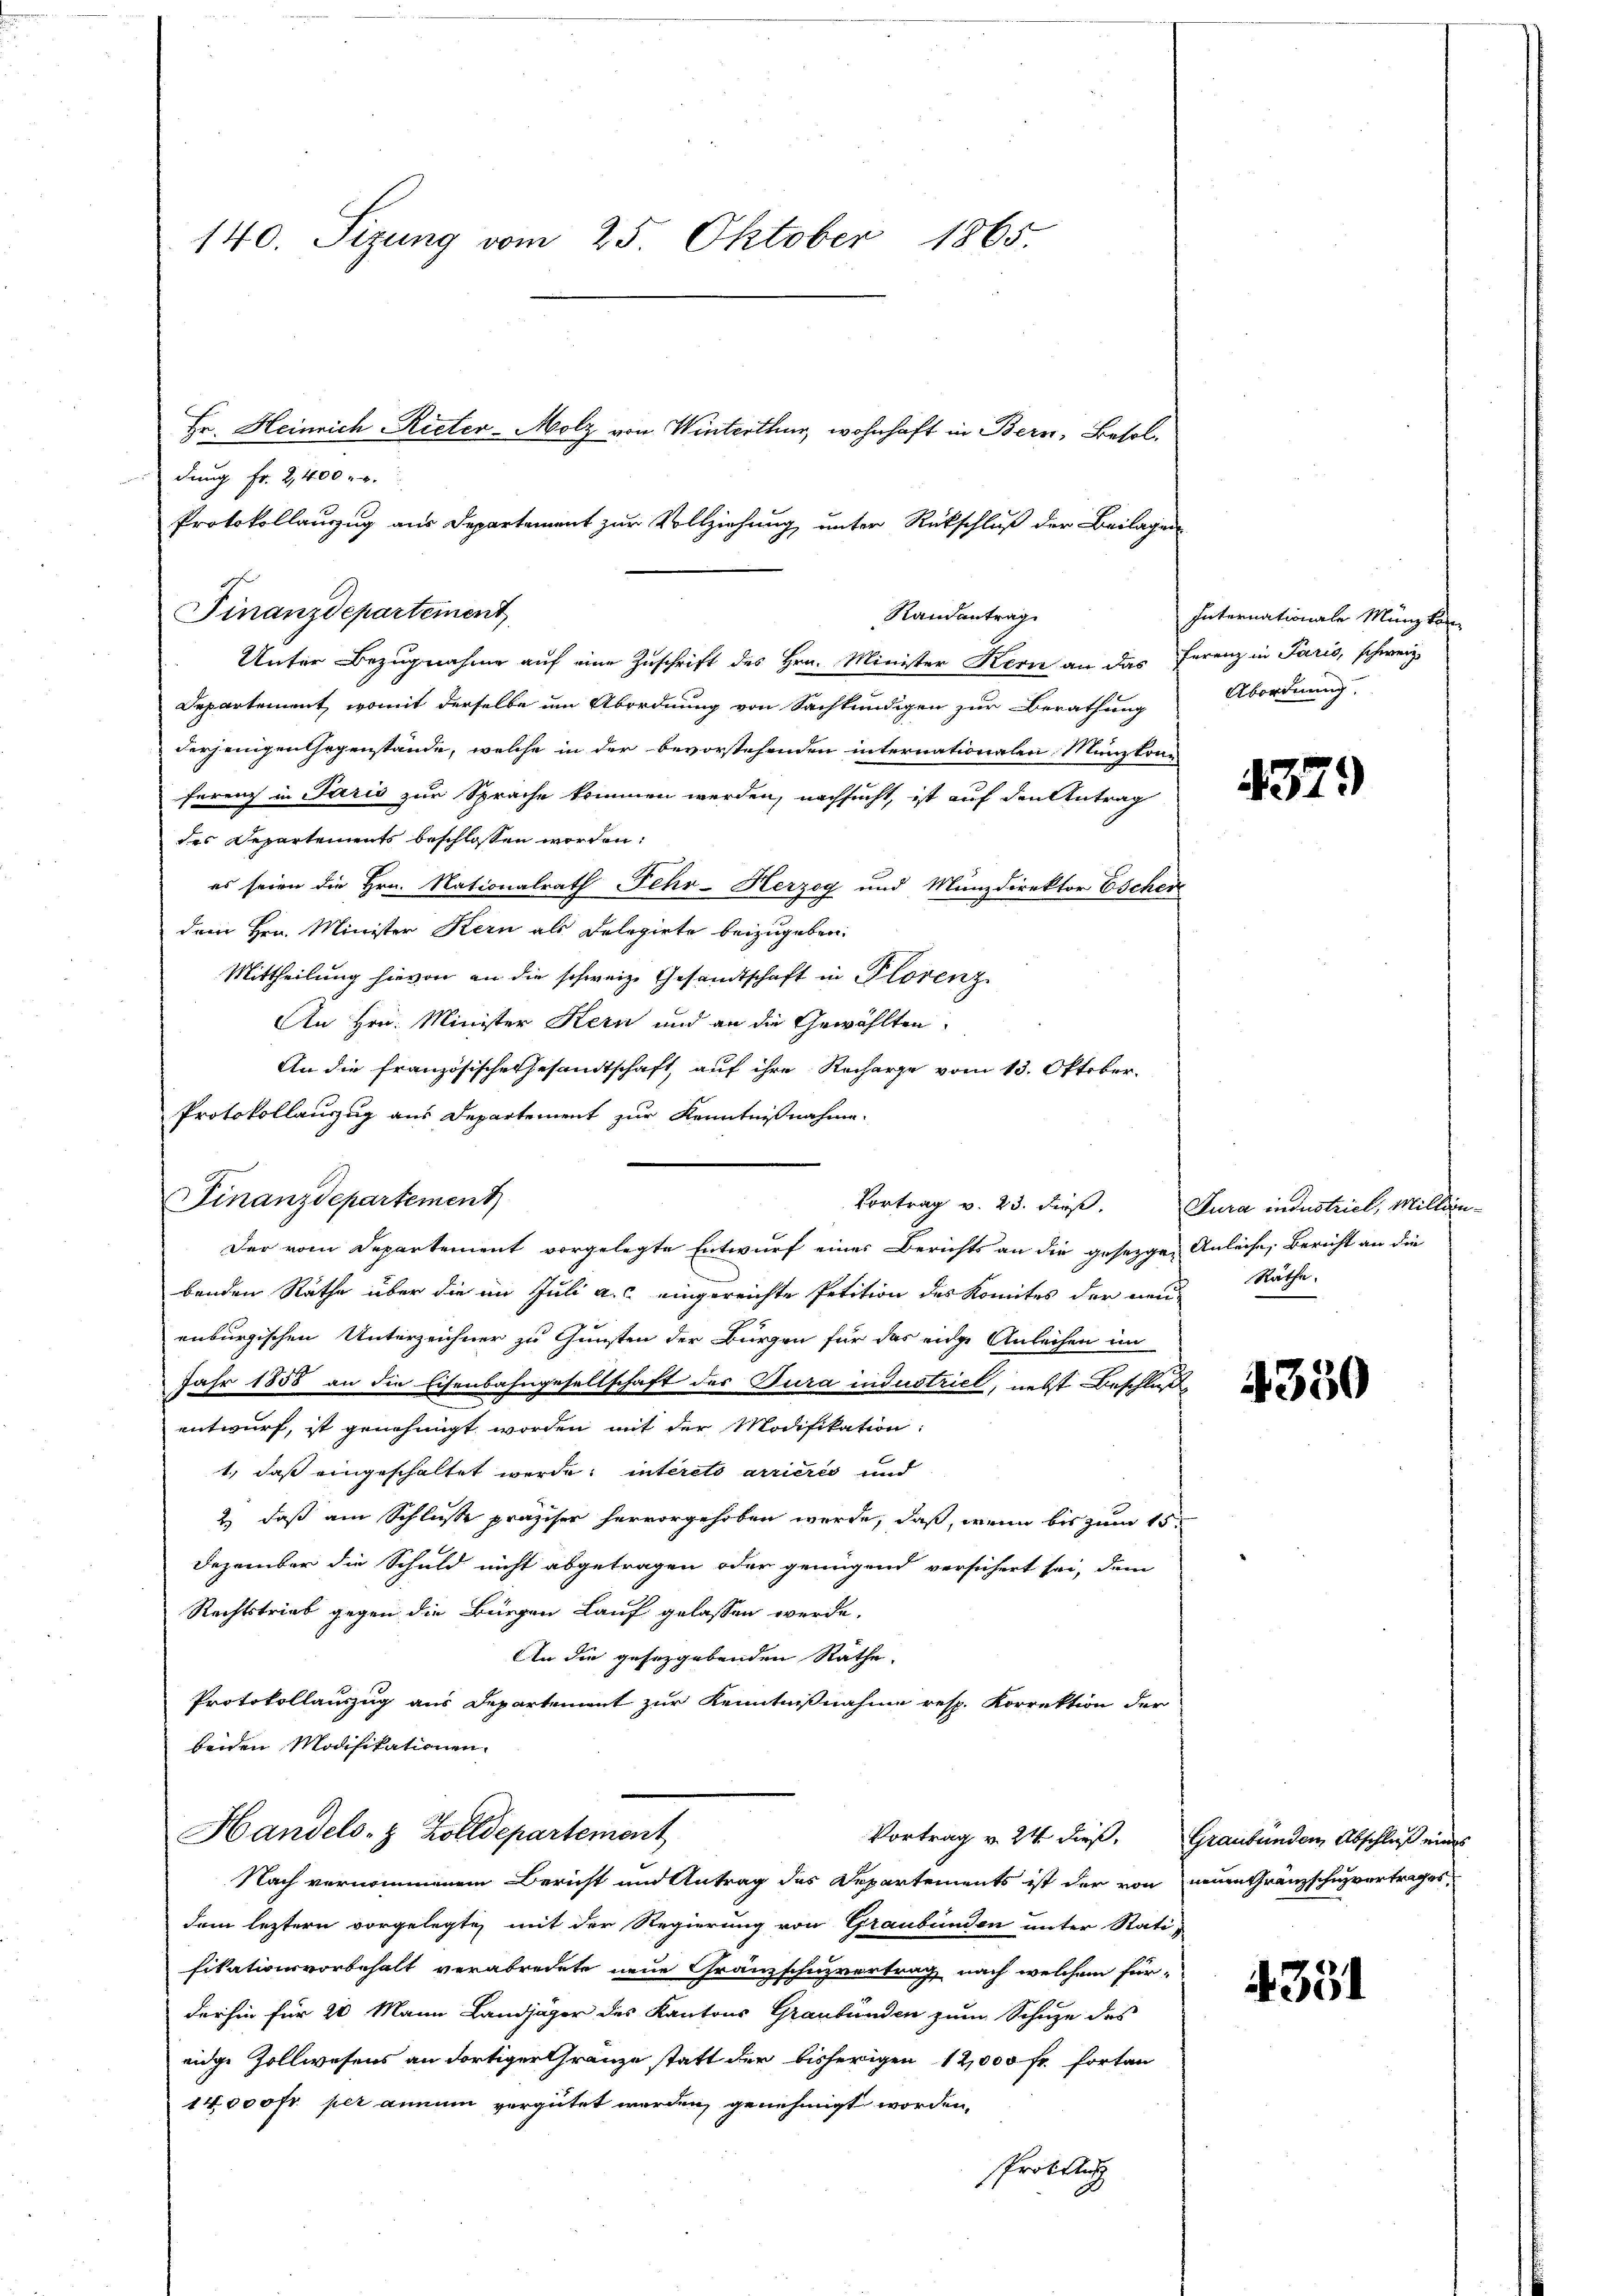
140. Sizung vom 25. Oktober 1865.

dung Fr. 2400
Unter Bezugnahme auf eine Zuschrift des Hrn. Minister Kern an das Ferenz in Paris, schweiz.
Departement, womit derselbe um Abordnung von Sachkundigen zur Berathung
derjenigen Gegenstände, welche in der bevorstehenden internationalen Münzkone
ferenz in Paris zur Sprache kommen werden, nachsucht, ist auf den Antrag
des Departements beschlossen worden:
es seien die Hrn. Nationalrath Fehr-Herzog und Münzdirektor Escher
dem Hrn. Minister Kern als Delegirte beizugeben.
Mittheilung hievon an die schweiz. Gesandtschaft in Plorenz
An Hrn. Minister Kern und an die Gewählten.
Protokollauszug aus Departement zur Kenntnißnahme.
Der vom Departement vorgelegte Entwurf eines Berichts an die gesezgen Anleihe, Bericht an die
benden Räthe über die im Juli a.c. eingereichte Petition des Komites der neue Räthe.
enburgischen Unterzeichner zu Gunsten der Bürgen für das eine Anleihen im
Jahr 1858 an die Eisenbahngesellschaft der Tura industriel, nebst Beschluß
entwurf, ist genehmigt worden mit der Modifikation:
1., daß eingeschaltet werde; interets arrieres und
2) daß am Schlusse präziser hervorgehoben werde, daß, wenn bis zum 15t
Dezember die Schuld nicht abgetragen oder genügend versichert sei, dem
Rechtstrieb gegen die Bürgen Lauf gelassen werde.
An die gesetzgebenden Räthe.
Protokollauszug aus Departement zur Kenntnißnahme resp. Korrektion der
beiden Modifikationen.
Handels- & Zolldepartement
Nach vernommenen Bericht und Antrag des Departements ist der von neuen Granzschuzvertrages,
dem leztern vorgelegte mit der Regierung von Graubünden unter Rati-
fikativervorbehalt verabredete neue Gränzschuzvertrag nach welchem für-
derhin für 20 Mann Landjäger des Kantons Graubünden zum Schuze des
eige Zollwesens an dortiger Gränze statt der bisherigen 12,000 fr. fortan
14,000 Fr. per annum vergütet werden genehmigt worden,
Protaus

Finanzdepartement

FFinanzdepartement

Randantrag

Protokollauszug aus Departement zur Vollziehung unter Rückschluß der Beilagen

An die französische Gesandtschaft, auf ihre Recharge vom 13. Oktober.

Hr. Heinrich Rieter-Molz von Winterthur, wohnhaft in Bern, Besol¬

Internationale Münzkom
Abordnung.

4379

Vortrag v. 23. dieß. Jura industriel, Million¬

4330

Vortrag v. 24. dieß, Graubünden Abschluß eines

4351